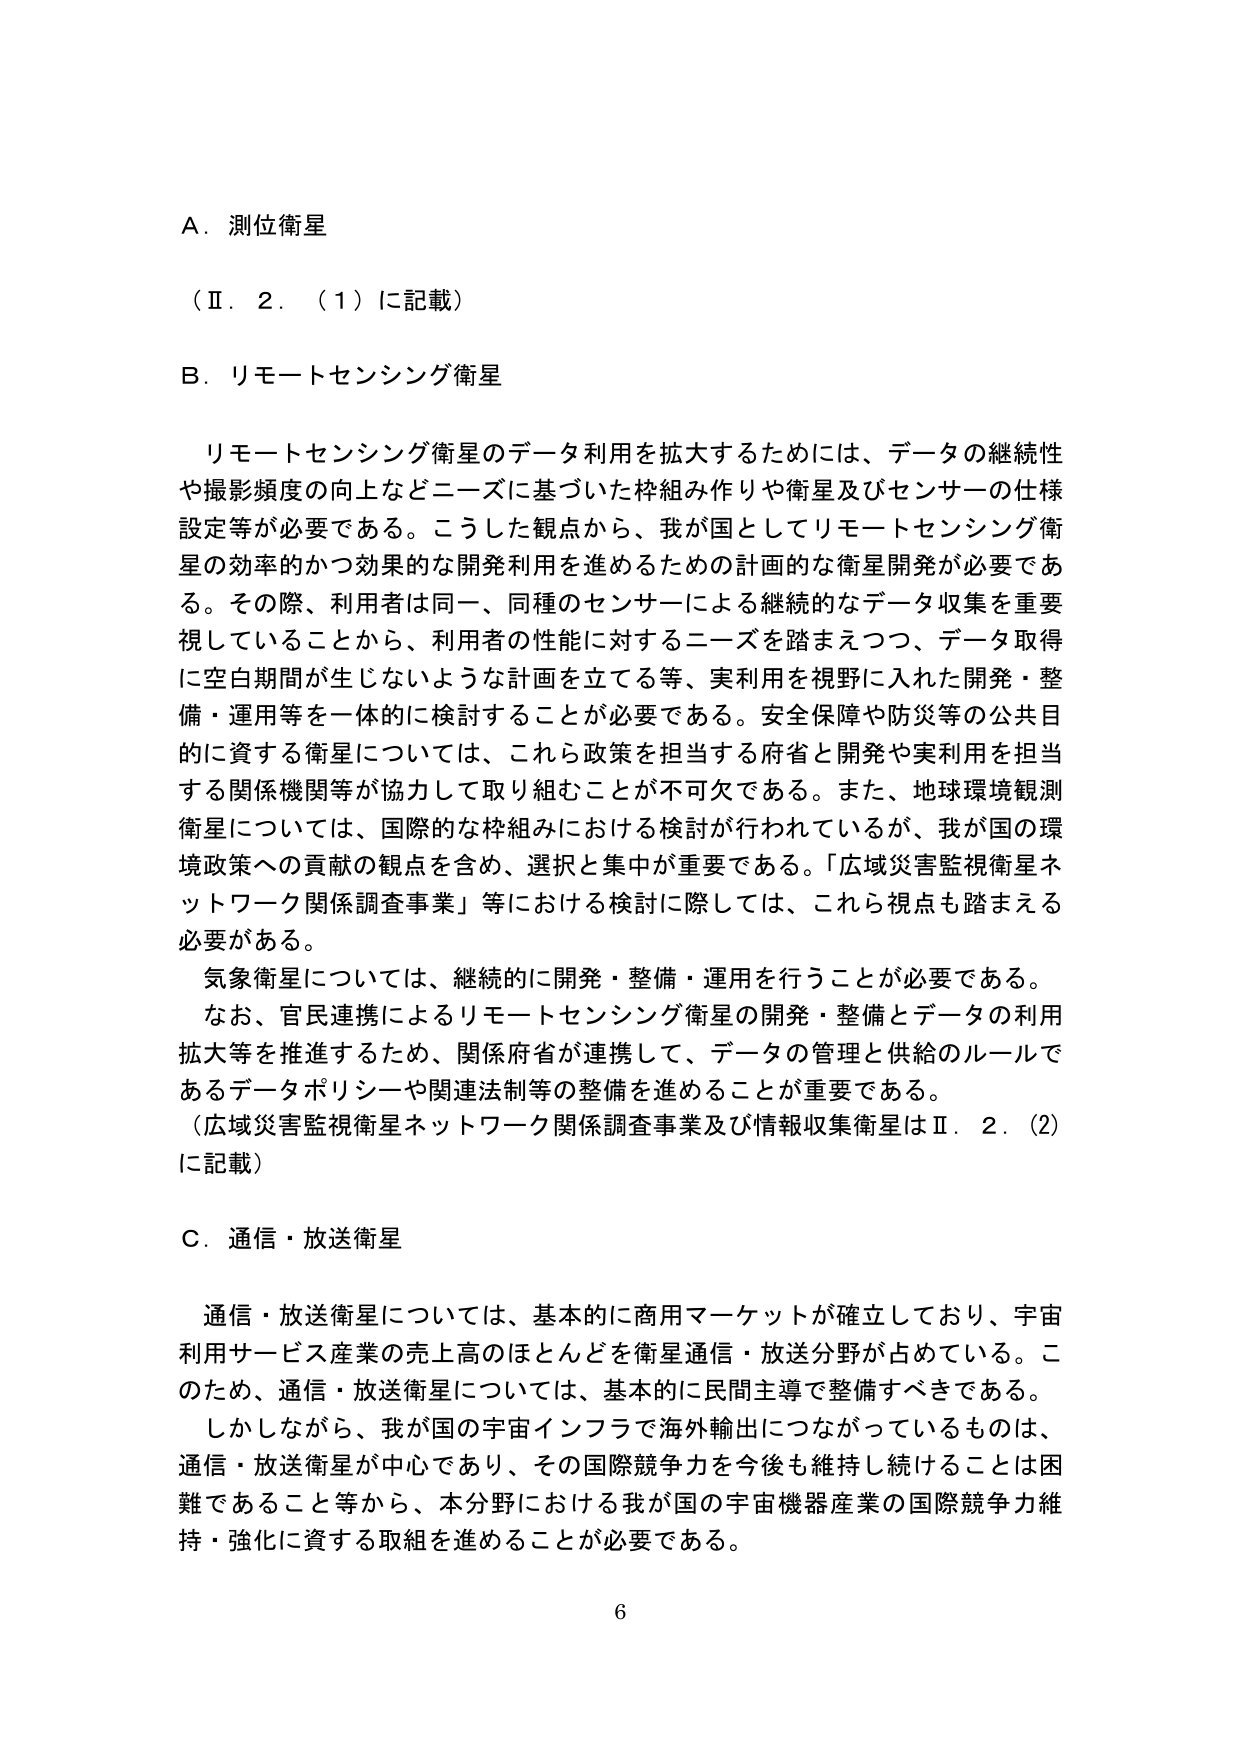
A．測位衛星
（Ⅱ．2．（1）に記載）

B．リモートセンシング衛星

　リモートセンシング衛星のデータ利用を拡大するためには、データの継続性や撮影頻度の向上などニーズに基づいた枠組み作りや衛星及びセンサーの仕様設定等が必要である。こうした観点から、我が国としてリモートセンシング衛星の効率的かつ効果的な開発利用を進めるための計画的な衛星開発が必要である。その際、利用者は同一、同種のセンサーによる継続的なデータ収集を重要視していることから、利用者の性能に対するニーズを踏まえつつ、データ取得に空白期間が生じないような計画を立てる等、実利用を視野に入れた開発・整備・運用等を一体的に検討することが必要である。安全保障や防災等の公共目的に資する衛星については、これら政策を担当する府省と開発や実利用を担当する関係機関等が協力して取り組むことが不可欠である。また、地球環境観測衛星については、国際的な枠組みにおける検討が行われているが、我が国の環境政策への貢献の観点を含め、選択と集中が重要である。「広域災害監視衛星ネットワーク関係調査事業」等における検討に際しては、これら視点も踏まえる必要がある。

　気象衛星については、継続的に開発・整備・運用を行うことが必要である。

　なお、官民連携によるリモートセンシング衛星の開発・整備とデータの利用拡大等を推進するため、関係府省が連携して、データの管理と供給のルールであるデータポリシーや関連法制等の整備を進めることが重要である。
（広域災害監視衛星ネットワーク関係調査事業及び情報収集衛星はⅡ．2．（2）に記載）

C．通信・放送衛星

　通信・放送衛星については、基本的に商用マーケットが確立しており、宇宙利用サービス産業の売上高のほとんどを衛星通信・放送分野が占めている。このため、通信・放送衛星については、基本的に民間主導で整備すべきである。

　しかしながら、我が国の宇宙インフラで海外輸出につながっているものは、通信・放送衛星が中心であり、その国際競争力を今後も維持し続けることは困難であること等から、本分野における我が国の宇宙機器産業の国際競争力維持・強化に資する取組を進めることが必要である。

6